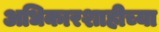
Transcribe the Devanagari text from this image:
अधिकारशाहीच्या